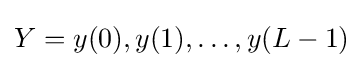
Y=y(0),y(1),\dots ,y(L-1)